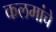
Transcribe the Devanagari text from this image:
कलमांचे